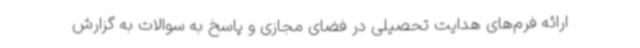
ارائه فرم‌های هدایت تحصیلی در فضای مجازی و پاسخ به سوالات به گزارش